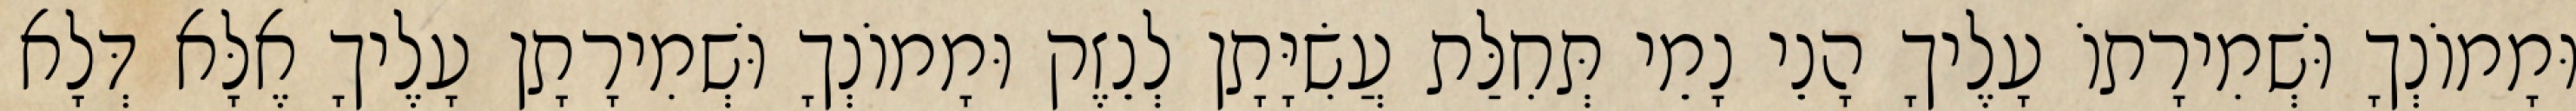
וּמָמוֹנְךָ וּשְׁמִירָתוֹ עָלֶיךָ הָנֵי נָמֵי תְּחִלַּת עֲשִׂיָּתָן לְנֵזֶק וּמָמוֹנְךָ וּשְׁמִירָתָן עָלֶיךָ אֶלָּא דְּלָא